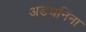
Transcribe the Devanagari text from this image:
अडचनिंना